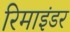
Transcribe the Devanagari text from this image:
रिमाइंडर